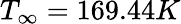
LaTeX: T_{\infty}=169.44K